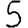
Digit: 5